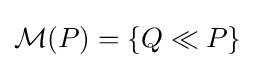
{\mathcal {M}}(P)=\{Q\ll P\}